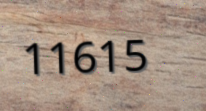
11615